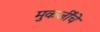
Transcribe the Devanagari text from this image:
मुकर्जींचे